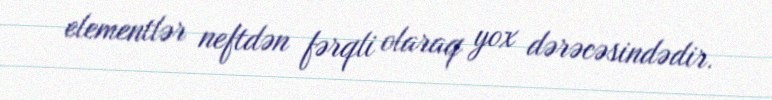
elementlər neftdən fərqli olaraq yox dərəcəsindədir.